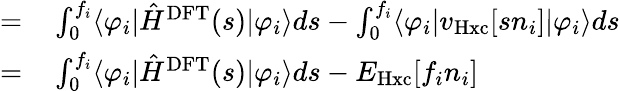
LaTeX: \begin{array}{rl}{=}&{{}\int_{0}^{f_{i}}\langle\varphi_{i}|\hat{H}^{\mathrm{DFT}}(s)|\varphi_{i}\rangle ds-\int_{0}^{f_{i}}\langle\varphi_{i}|v_{\mathrm{Hxc}}[sn_{i}]|\varphi_{i}\rangle ds}\\ {=}&{{}\int_{0}^{f_{i}}\langle\varphi_{i}|\hat{H}^{\mathrm{DFT}}(s)|\varphi_{i}\rangle ds-E_{\mathrm{Hxc}}[f_{i}n_{i}]}\end{array}